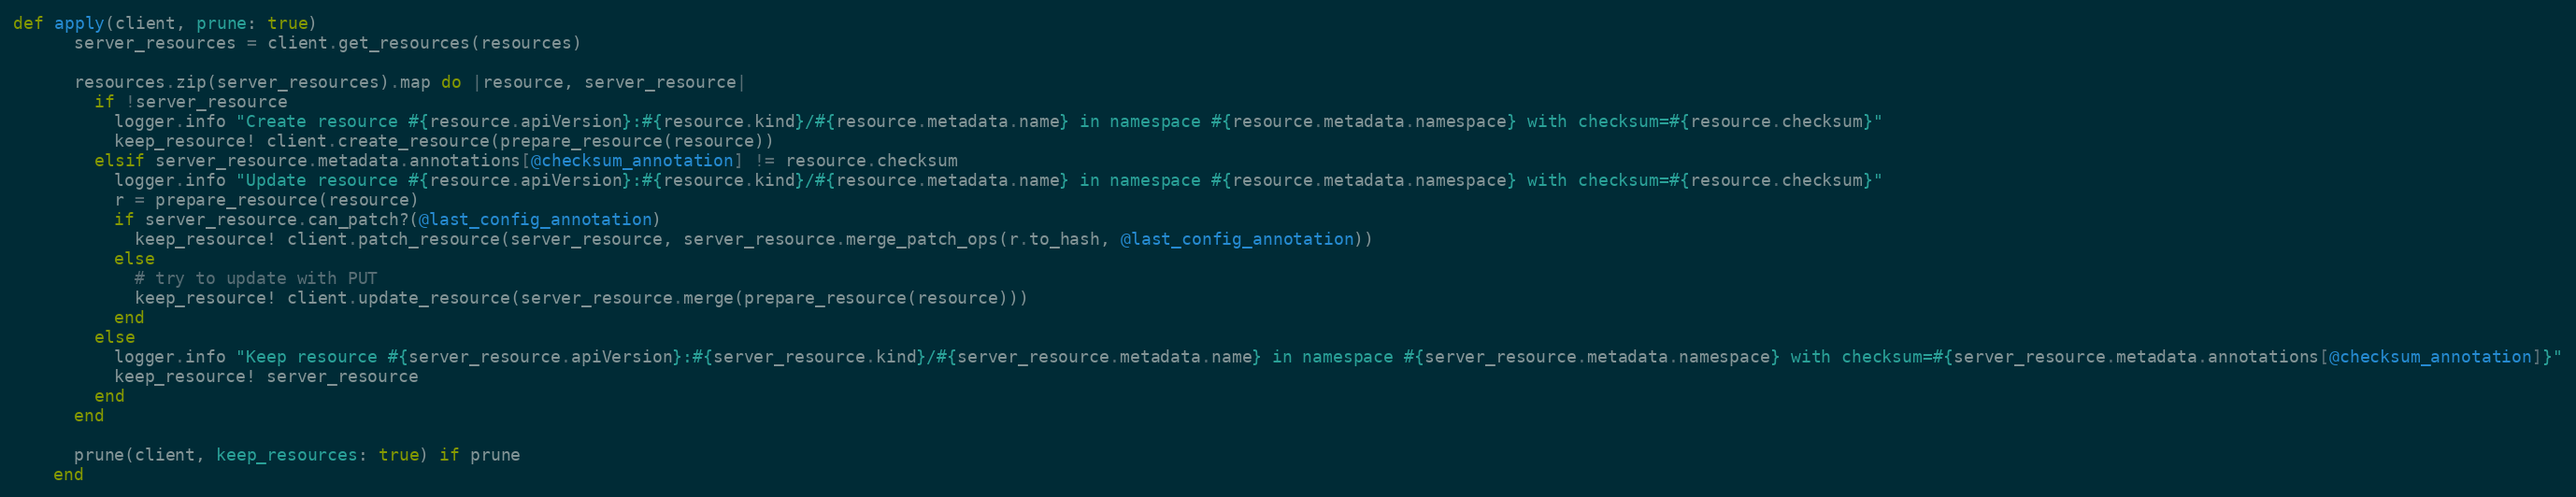
Language: Ruby
def apply(client, prune: true)
      server_resources = client.get_resources(resources)

      resources.zip(server_resources).map do |resource, server_resource|
        if !server_resource
          logger.info "Create resource #{resource.apiVersion}:#{resource.kind}/#{resource.metadata.name} in namespace #{resource.metadata.namespace} with checksum=#{resource.checksum}"
          keep_resource! client.create_resource(prepare_resource(resource))
        elsif server_resource.metadata.annotations[@checksum_annotation] != resource.checksum
          logger.info "Update resource #{resource.apiVersion}:#{resource.kind}/#{resource.metadata.name} in namespace #{resource.metadata.namespace} with checksum=#{resource.checksum}"
          r = prepare_resource(resource)
          if server_resource.can_patch?(@last_config_annotation)
            keep_resource! client.patch_resource(server_resource, server_resource.merge_patch_ops(r.to_hash, @last_config_annotation))
          else
            # try to update with PUT
            keep_resource! client.update_resource(server_resource.merge(prepare_resource(resource)))
          end
        else
          logger.info "Keep resource #{server_resource.apiVersion}:#{server_resource.kind}/#{server_resource.metadata.name} in namespace #{server_resource.metadata.namespace} with checksum=#{server_resource.metadata.annotations[@checksum_annotation]}"
          keep_resource! server_resource
        end
      end

      prune(client, keep_resources: true) if prune
    end